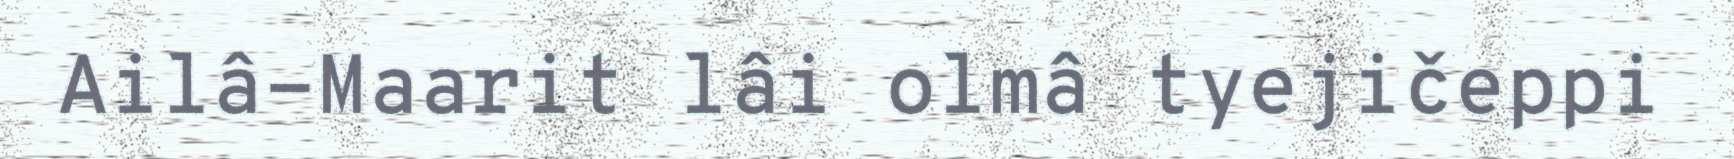
Ailâ-Maarit lâi olmâ tyejičeppi